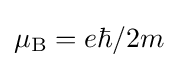
\mu _{\rm {B}}=e\hbar /2m